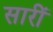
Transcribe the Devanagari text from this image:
सारीं